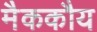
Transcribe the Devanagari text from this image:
मैककौय